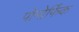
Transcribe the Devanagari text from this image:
पोमोर्फिक